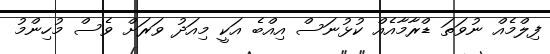
ފިލްމެއް ނުވަތަ ޑްރާމާއެއް ކުޅުނަސް އިއްބެ އަކީ މިއަދު ވަރަށް ވެސް މުހިންމު